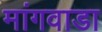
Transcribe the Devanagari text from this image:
मांगवाडा